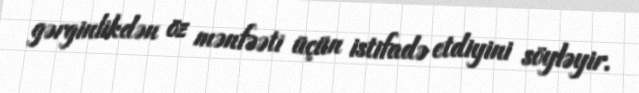
gərginlikdən öz mənfəəti üçün istifadə etdiyini söyləyir.